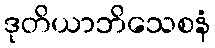
ဒုတိယာဘိသေစနံ